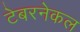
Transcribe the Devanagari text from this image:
टेबरनेकल